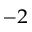
^ { - 2 }